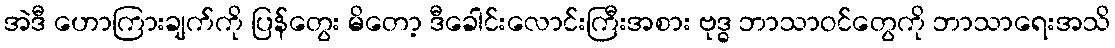
အဲဒီ ဟောကြားချက်ကို ပြန်တွေး မိတော့ ဒီခေါင်းလောင်းကြီးအစား ဗုဒ္ဓ ဘာသာဝင်တွေကို ဘာသာရေးအသိ